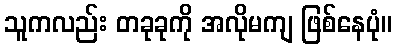
သူကလည်း တခုခုကို အလိုမကျ ဖြစ်နေပုံ။